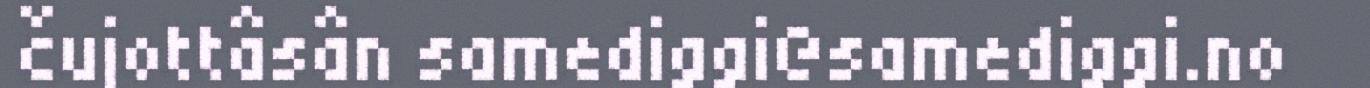
čujottâsân samediggi@samediggi.no